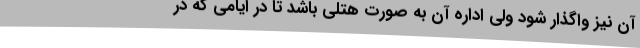
آن نیز واگذار شود ولی اداره آن به صورت هتلی باشد تا در ایامی که در